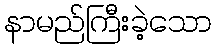
နာမည်ကြီးခဲ့သော